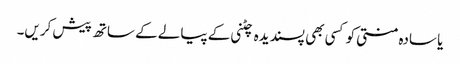
یا سادہ منتی کو کسی بھی پسندیدہ چٹنی کے پیالے کے ساتھ پیش کریں۔